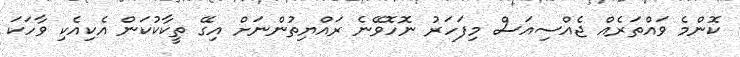
ކޮންމެ ވައްތަރެއް ޖެއްސިއަސް މިފަހަރު ނޮހޮވޭނެ ރައްޔިތުންނަށް އިގޭ ތީކާކުކަން އެކިއެކި ވާހަކަ